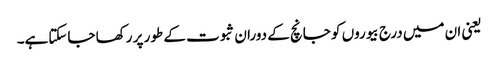
یعنی ان میں درج بیوروں کو جانچ کے دوران ثبوت کے طور پر رکھا جاسکتاہے۔